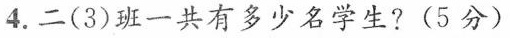
4.二(3)班一共有多少名学生?(5分)